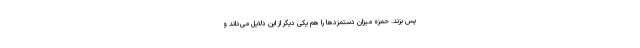
پس بزند. حمزه میزان دستمزدها را هم یکی دیگر از این دلایل می‌داند و